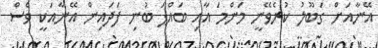
އޭނާއަށް ގަބޫލު ކުރެވޭނީ މަންމަ އާއި ބައްޕަ ބުނި ފަދައިން އޭނާއަކީ ވެސް